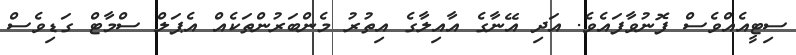
ސިޓީއެއްވެސް ފޮނުވާފައެވެ. އަދި އޭނާގެ އާއިލާގެ އިތުރު މެންބަރުންތަކެއް އެޕަލް ސްމާޓް ގަޑިވެސް